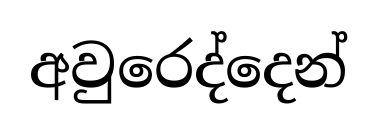
අවුරෙද්දෙන්